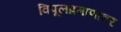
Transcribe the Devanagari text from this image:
विपूलप्रमाणावर